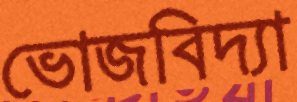
ভোজবিদ্যা